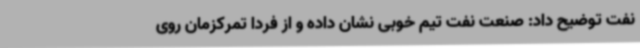
نفت توضیح داد: صنعت نفت تیم خوبی نشان داده و از فردا تمرکزمان روی